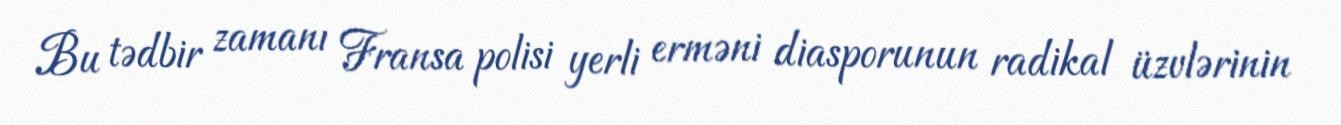
Bu tədbir zamanı Fransa polisi yerli erməni diasporunun radikal üzvlərinin